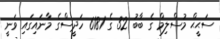
ސަޙީޙް މުސްލިމް ގެ ބާބު 32 ގެ 6181 ހަދީސްގެ މާނައިގައި ވަނީ